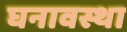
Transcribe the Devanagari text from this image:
घनावस्था